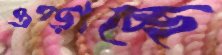
ওপ্‌ড়াচ্ছে